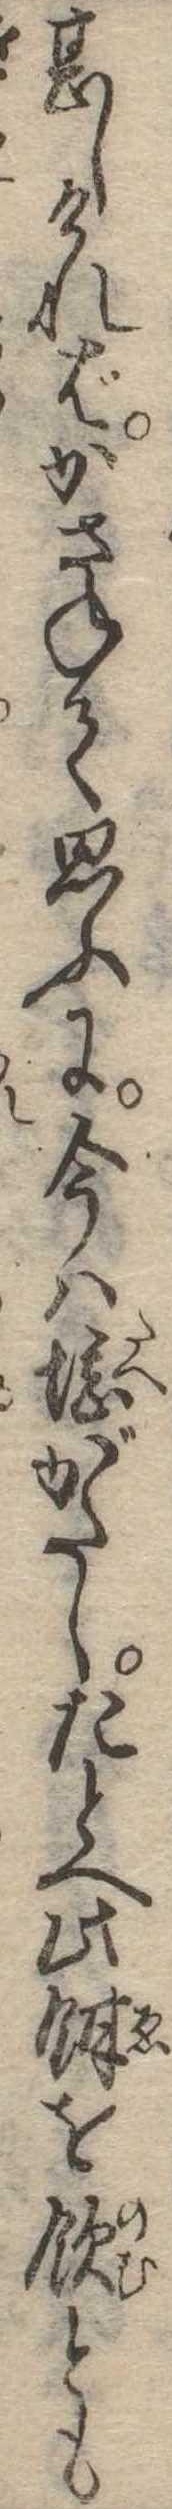
甚しければかさねて思ふに今は堪がたしたとへ此餌を飲とも